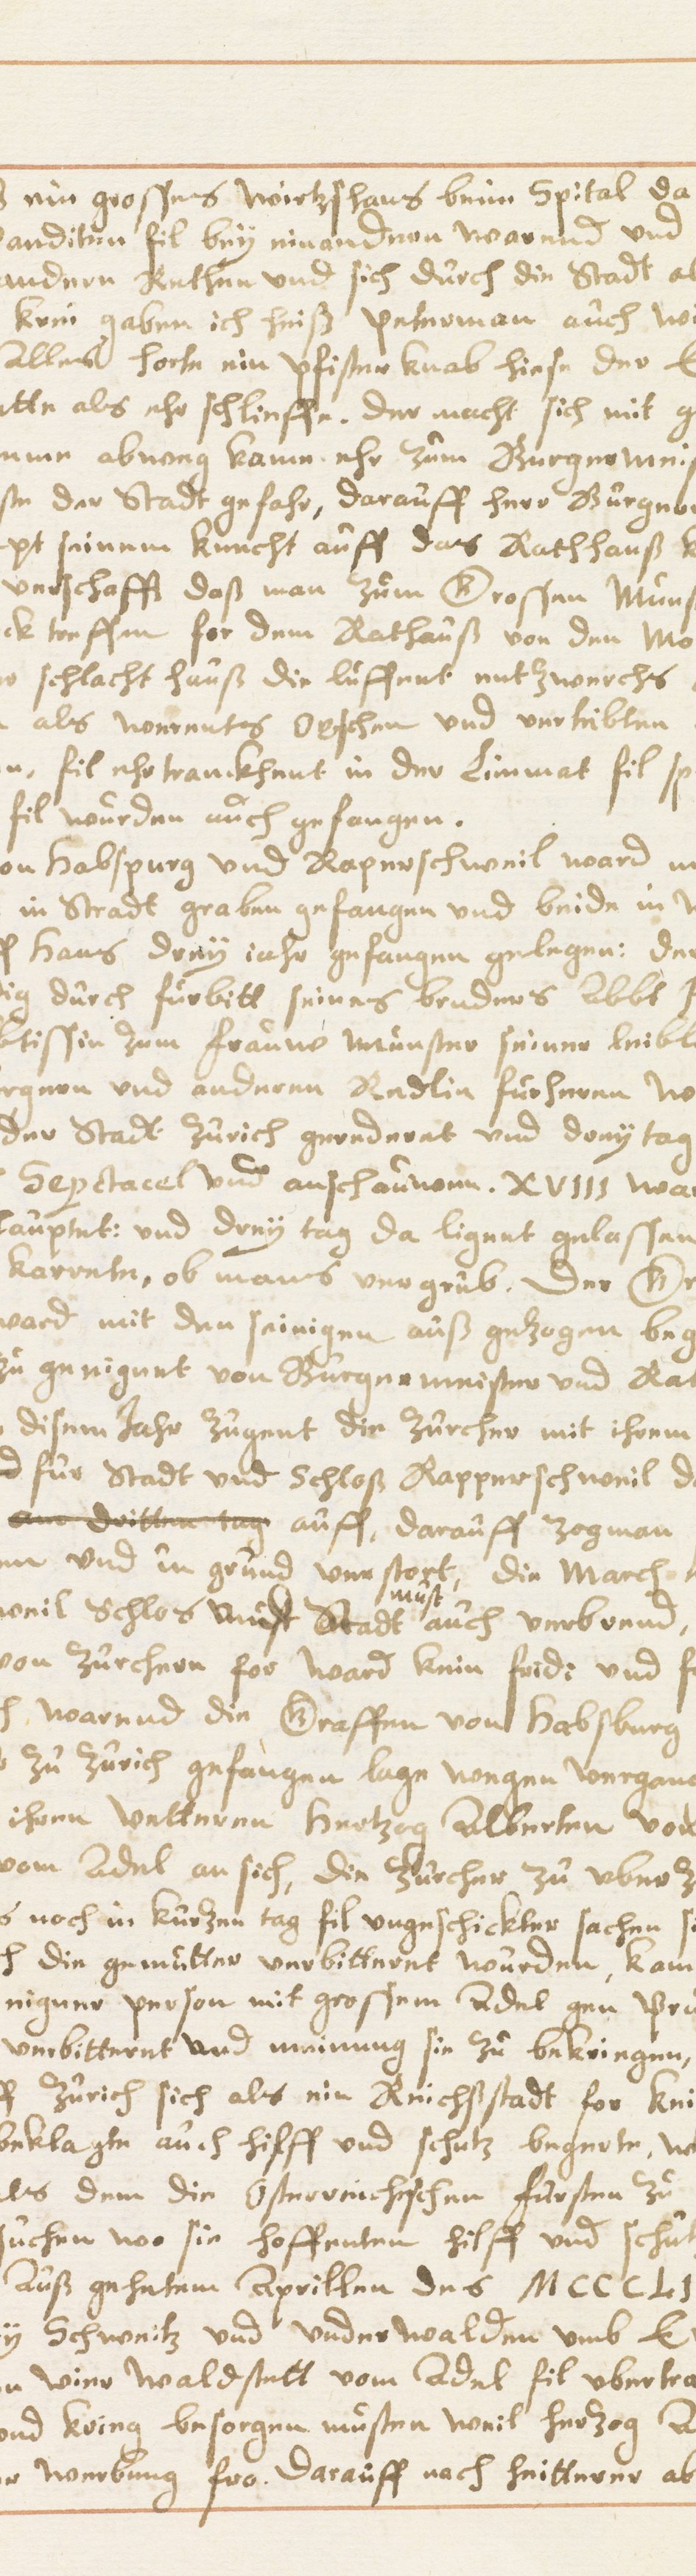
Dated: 1614–1638